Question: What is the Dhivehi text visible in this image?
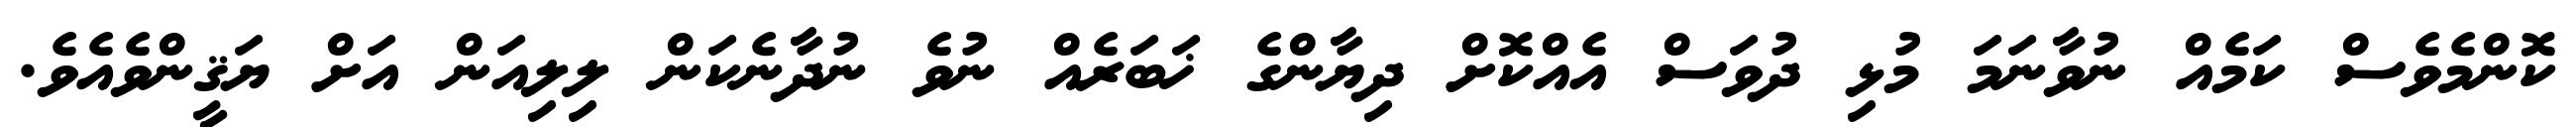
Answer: ކޮންމެވެސް ކަމެއް ނުވާނަމަ މުޅި ދުވަސް އެއްކޮށް ދިޔާންގެ ޚަބަރެއް ނުވެ ނުދާނެކަން ލިލިއަން އަށް ޔަޤީންވެއެވެ.